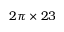
2 \pi \times 2 3